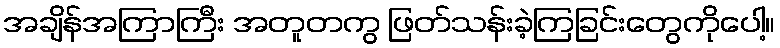
အချိန်အကြာကြီး အတူတကွ ဖြတ်သန်းခဲ့ကြခြင်းတွေကိုပေါ့။